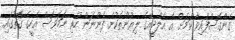
ގެންގޮސްފައިވާ ކަމަށް އެ އެލްޖީއޭގެ ލިޔުންތަކުން ފެންނަން ހުރި ނަމަވެސް އެހީގެ ގޮތުގައި